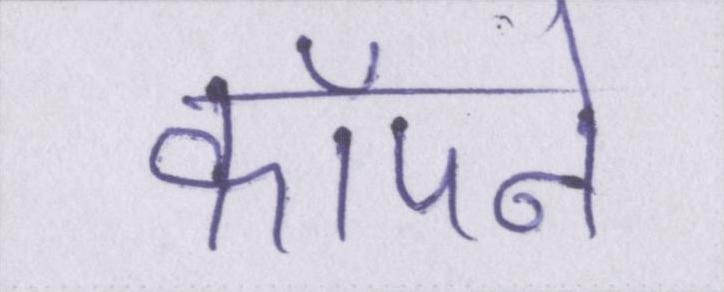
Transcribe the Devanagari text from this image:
कॉँपने